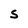
Character: S